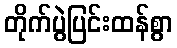
တိုက်ပွဲပြင်းထန်စွာ